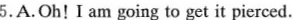
5.A.Oh！I am going to get it pierced.